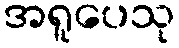
အရူပေသု